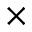
\times